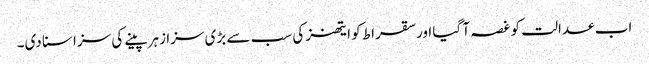
اب عدالت کو غصہ آ گیا اور سقراط کو ایتھنز کی سب سے بڑی سزا زہر پینے کی سزا سنا دی۔